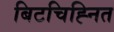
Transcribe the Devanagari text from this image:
बिटचिह्नित